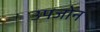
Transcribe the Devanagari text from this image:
उपजोन